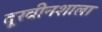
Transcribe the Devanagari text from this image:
दूरबीनशाला